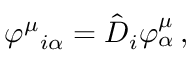
\varphi ^ { \mu } { } _ { i \alpha } = \hat { D } _ { i } \varphi _ { \alpha } ^ { \mu } \, ,